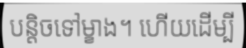
បន្តិចទៅម្ខាង។ ហើយដើម្បី